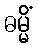
ဓမ္မိံ